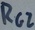
Text: RG2